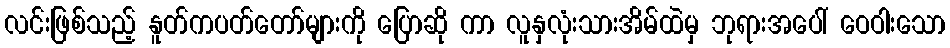
လင်းဖြစ်သည့် နူတ်ကပတ်တော်များကို ပြောဆို ကာ လူနှလုံးသားအိမ်ထဲမှ ဘုရားအပေါ် ဝေဝါးသော